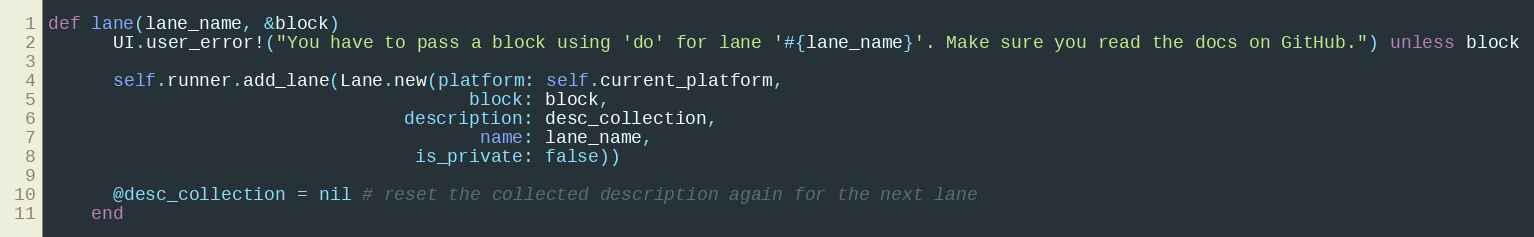
Language: Ruby
def lane(lane_name, &block)
      UI.user_error!("You have to pass a block using 'do' for lane '#{lane_name}'. Make sure you read the docs on GitHub.") unless block

      self.runner.add_lane(Lane.new(platform: self.current_platform,
                                       block: block,
                                 description: desc_collection,
                                        name: lane_name,
                                  is_private: false))

      @desc_collection = nil # reset the collected description again for the next lane
    end